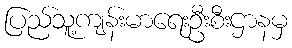
ပြည်သူ့ကျန်းမာရေးဦးစီးဌာနမှ